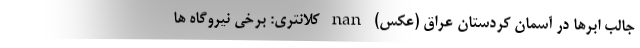
جالب ابرها در آسمان کردستان عراق (عکس) nan کلانتری: برخی نیروگاه ها